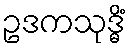
ဥဒကသုဒ္ဓိံ